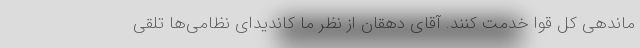
ماندهی کل قوا خدمت کنند. آقای دهقان از نظر ما کاندیدای نظامی‌ها تلقی